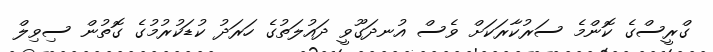
ގްރީސްގެ ކޮންމެ ސަރުކާރަކަށް ވެސް އުނދަގޫވީ ދައުލަތުގެ ހަރަދު ކުޑަކުރުމުގެ ގޮތުން ސިވިލް